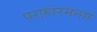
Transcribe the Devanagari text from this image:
परफ़ारमनग